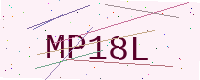
Text: MP18L